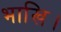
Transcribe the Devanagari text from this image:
भाखि।